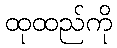
ထုထည်ကို